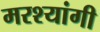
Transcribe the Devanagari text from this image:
मरश्यांगी